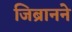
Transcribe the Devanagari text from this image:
जिब्रानने